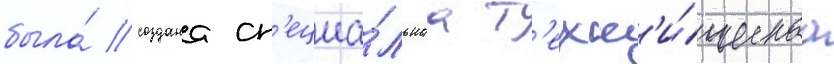
была́ создана сп'ециа́льнаа т'ехн'и́ческаа